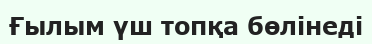
Ғылым үш топқа бөлінеді